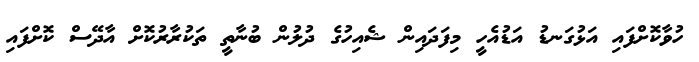
ހުވާކޮށްފައި އަޅުގަނޑު އަޑުއެހީ މިފަދައިން ޝެއިހުގެ ދުލުން ބުނާތީ ތަކުރާރުކޮށް އާދޭސް ކޮށްފައި